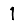
Digit: 1